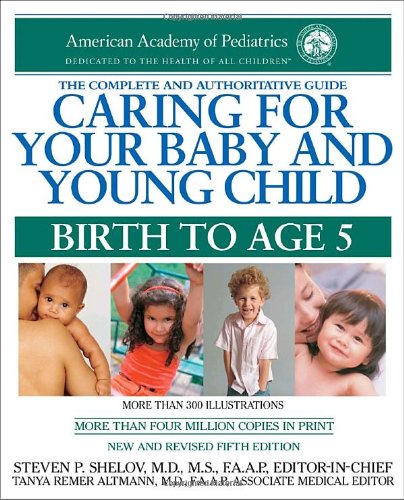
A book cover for Caring for Your Baby and Young Child, 5th Edition: Birth to Age 5; American Academy Of Pediatrics; Parenting & Relationships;